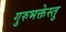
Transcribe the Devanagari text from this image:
गुरुभक्तेस्तु